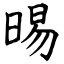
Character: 晹